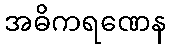
အဓိကရဏေန